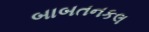
બાબતનકલ